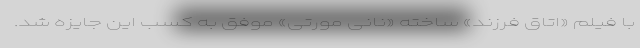
با فیلم «اتاق فرزند» ساخته «نانی مورتی» موفق به کسب این جایزه شد.